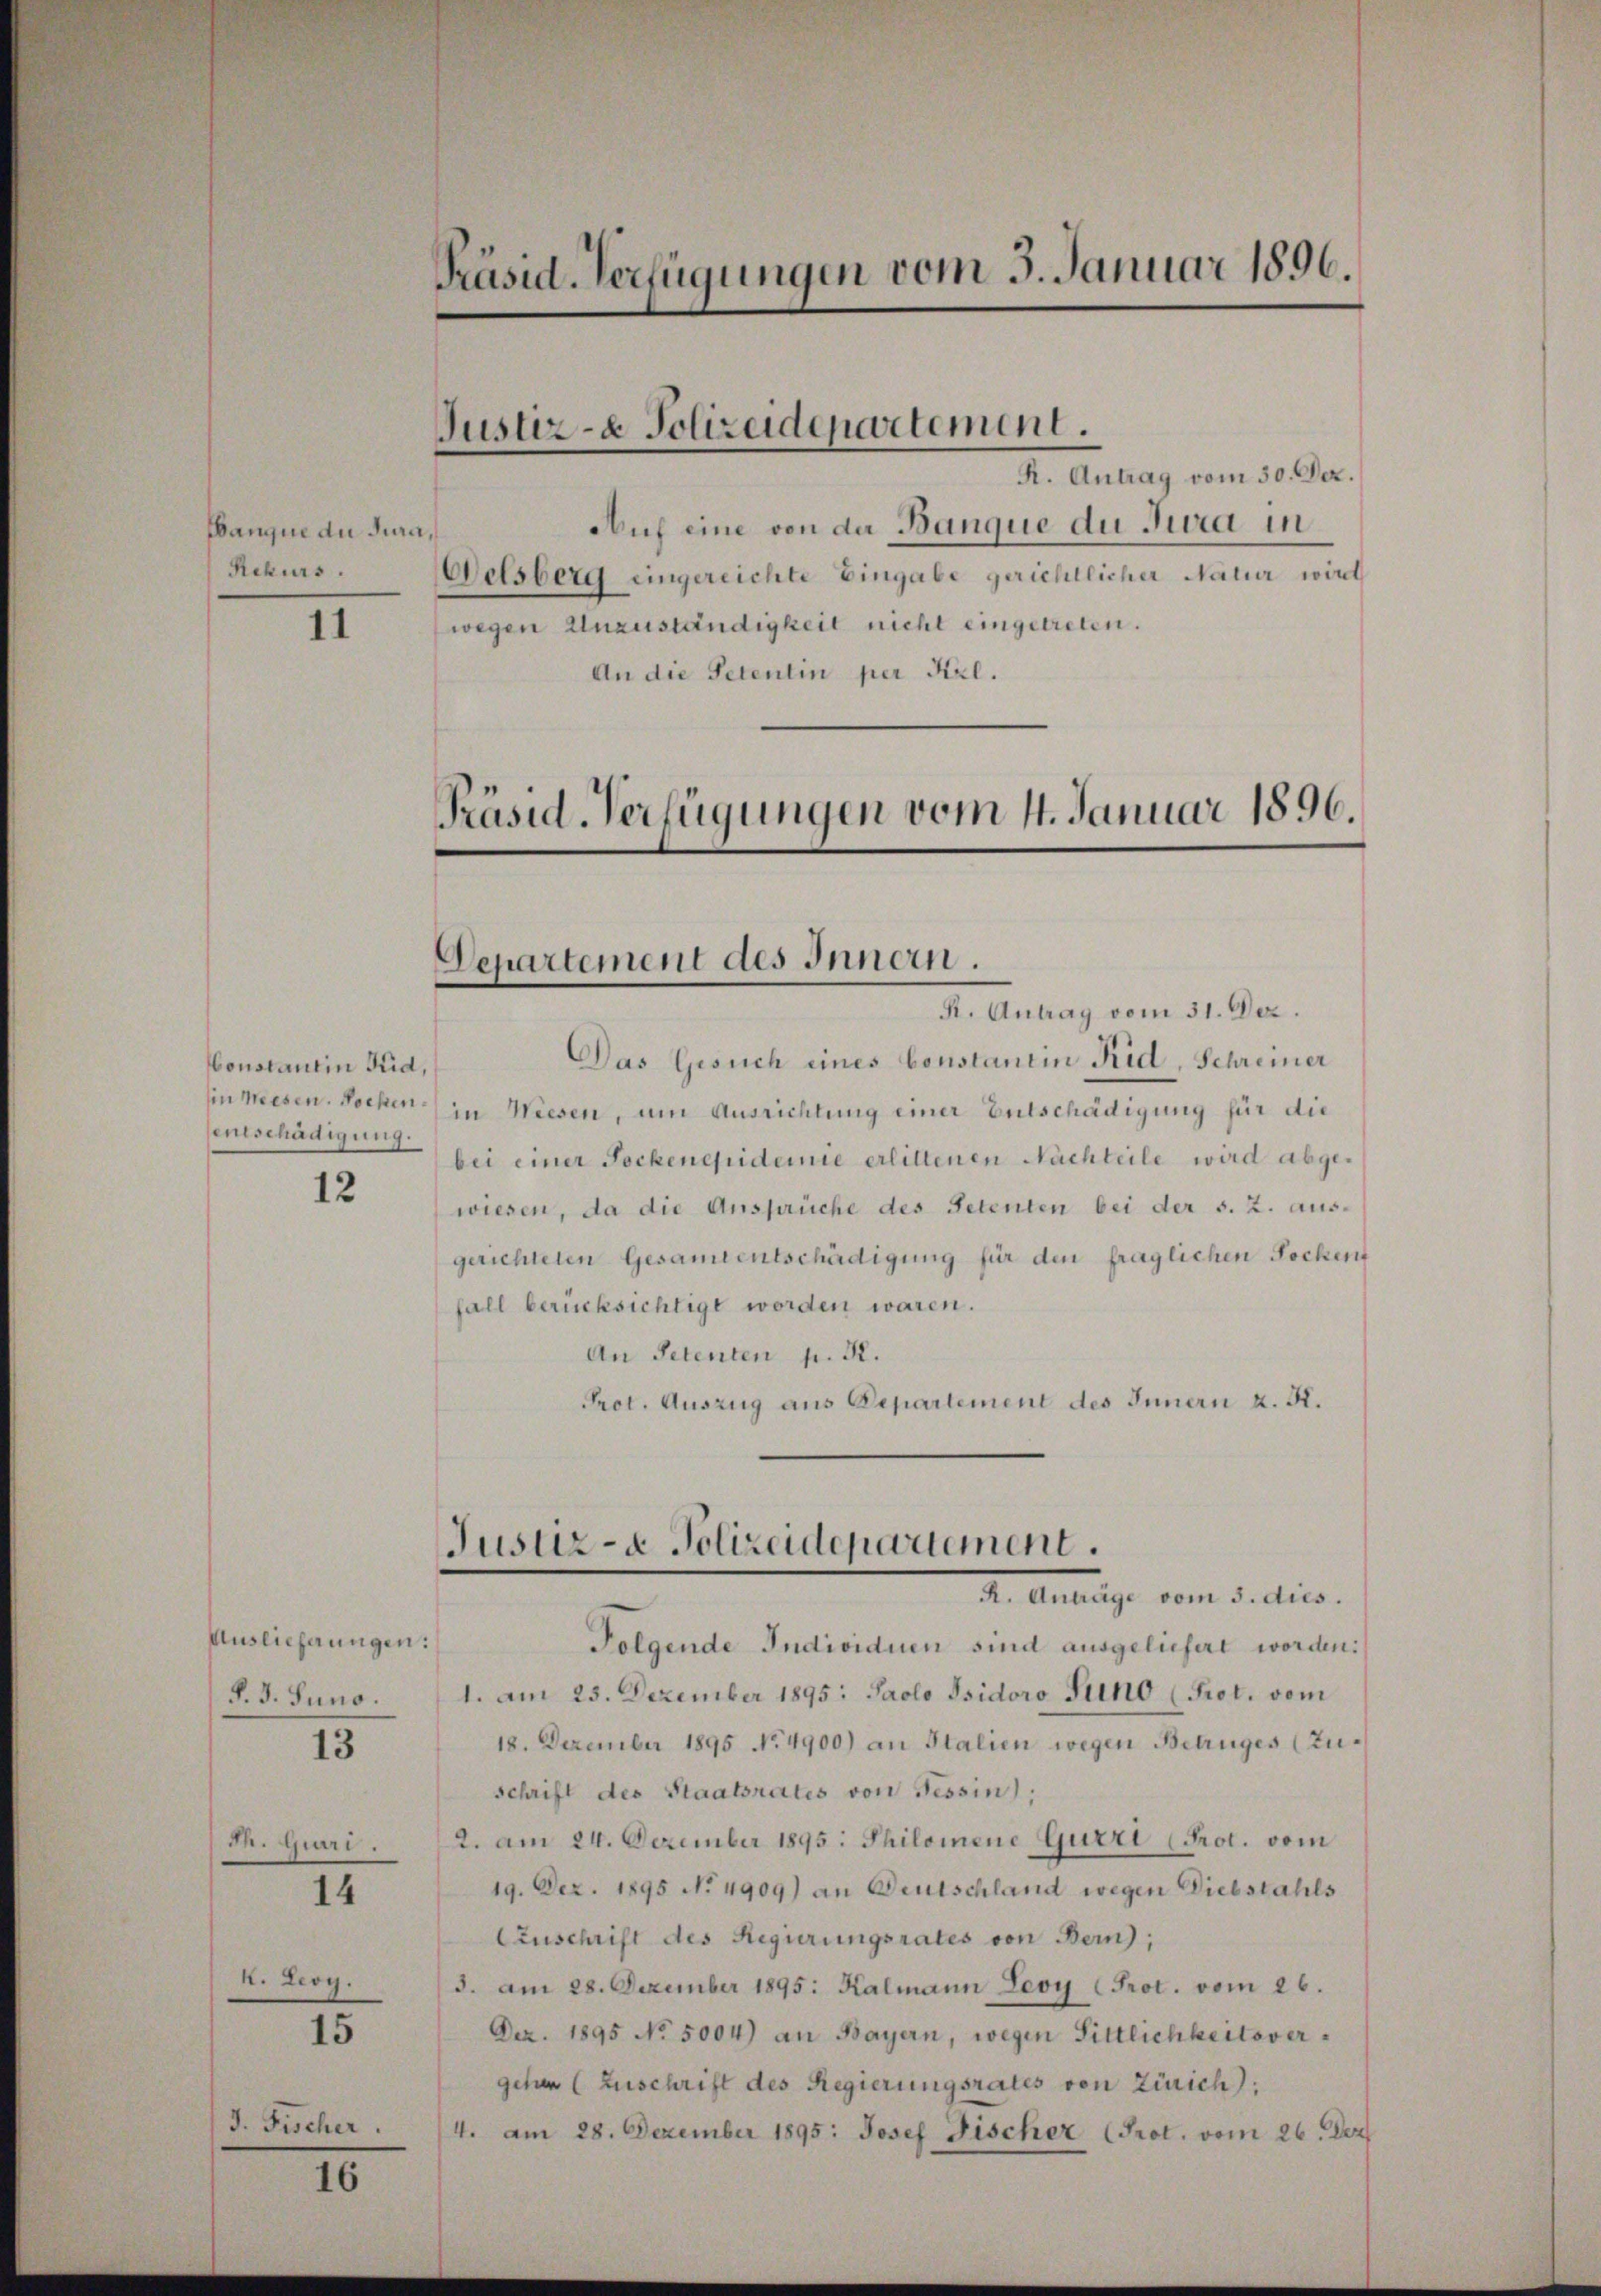
Banque du Jura,
Rekurs.

11

Constantin Neid,
senschädigung.

12

Auslieferungen:
P. J. Suno.

13

dh. Guari.

14

4. Leoy.

15

16

3. Fischer.

Präsid. Verfügungen vom 5. Januar 1896.

Justiz- & Polizeidepartement.

R. Antrag vom 30. Dez.
Auf eine von der Banque du Jura in
Welsberg eingereichte Eingabe gerichtlicher Natur wird
wegen Unzuständigkeit nicht eingetreten.
An die Petentin per Frl.

Präsid. Verfügungen vom 4. Januar 1896.
Departement des Innern.
R. Antrag vom 31. Dez.

Justiz- & Polizeidepartement.
I. Antrage vom 5. dico.

Das Gesuch eines Constantin Rid, Schreiner
sin mesen. Wochen in Wiesen, um Ausrichtung einer Entschädigung für die
bei einer Sockenepidemie erlittenen Nachteile wird abgewiesen, da die Ansprüche des Petenten bei der s. Z. ausgerichteten Gesammentschädigung für den fraglichen Sockent
fall berücksichtigt worden waren.
An Petenten p. 22.
Prot. Auszug aus Departement des Innern u. A.
Folgende Individuen sind ausgeliefert worden:
1. am 25. Dezember 1895: Paolo Isidoro Juno (Prot. vom
18. Dezember 1895 No 4900) an Stalien wegen Betruges (Zuschrift des Staatsrates von Tessin,
2. am 24. Dezember 1895. Philomene Gurri Prot. vom
19. Dez. 1895 No 4909) an Deutschland wegen Diebstahls
Auschrift des Regierungsrates von Bern;
3. am 28. Dezember 1895: Kalmann Leoy Prot. vom 26.
Dez. 1895 No 5004) an Bayern, wegen Sittlichkeitsvergehen Zuschrift des Regierungsrates von Zürich):
4. am 28. Dezember 1895: Josef Fischer (Prot. vom 26. Dez